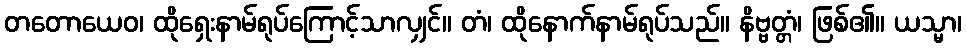
တတောယေဝ၊ ထိုရှေးနာမ်ရုပ်ကြောင့်သာလျှင်။ တံ၊ ထိုနောက်နာမ်ရုပ်သည်။ နိဗ္ဗတ္တံ၊ ဖြစ်၏။ ယသ္မာ၊